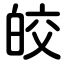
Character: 皎